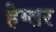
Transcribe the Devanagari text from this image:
हैग्लर